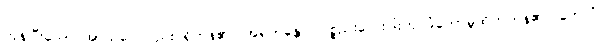
ကုန်ပြီးသော အာသဝေါလည်း ရှိကုန်၏။ အရဟန္တော၊ ပစ္စည်းလေးပါးကို ခံတော်မူထိုက်ကုန်၏။ တေသံ၊